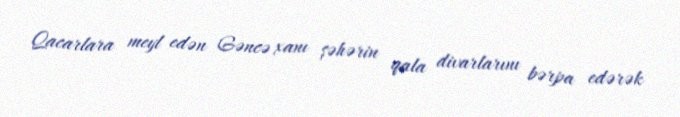
Qacarlara meyl edən Gəncə xanı şəhərin qala divarlarını bərpa edərək